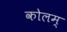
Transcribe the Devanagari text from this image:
कोलम्